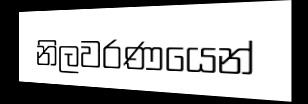
නිලවරණයෙන්